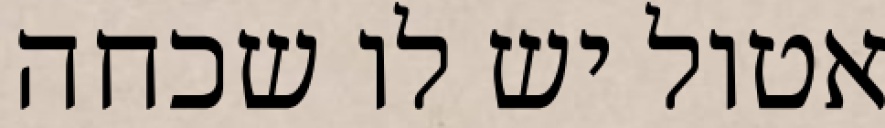
אטול יש לו שכחה